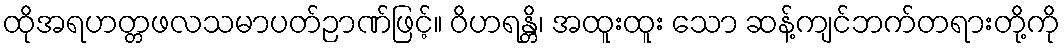
ထိုအရဟတ္တဖလသမာပတ်ဉာဏ်ဖြင့်။ ဝိဟရန္တိ၊ အထူးထူး သော ဆန့်ကျင်ဘက်တရားတို့ကို